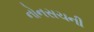
નોનસચની